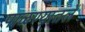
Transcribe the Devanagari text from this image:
पाळण्यातलें